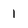
Character: 1